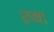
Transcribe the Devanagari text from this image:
रुबा